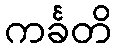
ကင်္ခတိ